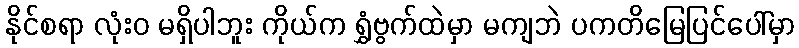
နိုင်စရာ လုံးဝ မရှိပါဘူး ကိုယ်က ရွှံဗွက်ထဲမှာ မကျဘဲ ပကတိမြေပြင်ပေါ်မှာ